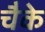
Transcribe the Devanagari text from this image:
चैके